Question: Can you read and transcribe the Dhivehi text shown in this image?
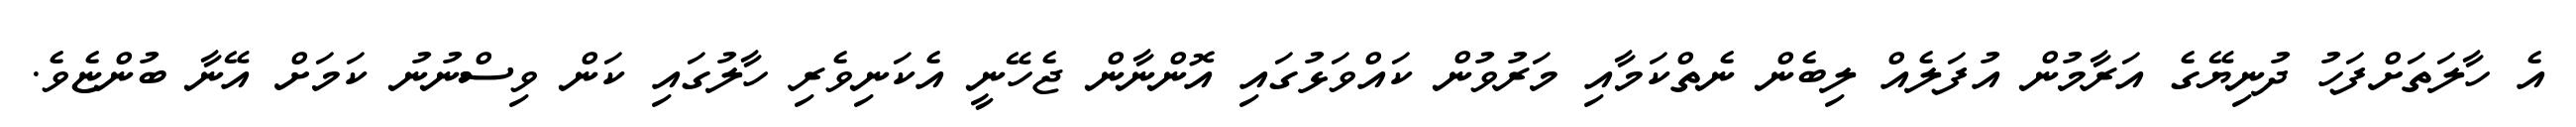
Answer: އެ ހާލަތަށްފަހު ދުނިޔޭގެ އަރާމުން އުފަލެއް ލިބެން ނެތްކަމާއި މަރުވުން ކައްވަޅުގައި އޮންނާން ޖެހޭނީ އެކަނިވެރި ހާލުގައި ކަން ވިސްނުނު ކަމަށް އޭނާ ބުންޏެވެ.